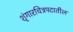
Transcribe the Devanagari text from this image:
शृंगारचित्रपटातील